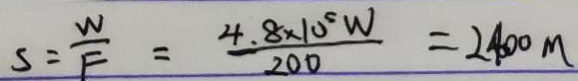
S = \frac { W } { F } = \frac { 4 . 8 \times 1 0 ^ { 5 } W } { 2 0 0 } = 2 4 0 0 m